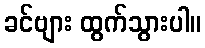
ခင်ဗျား ထွက်သွားပါ။